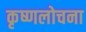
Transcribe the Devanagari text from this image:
कृष्णलोचना